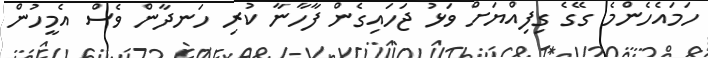
ހަމައެހެންމެ ގޭގެ ގިފިއްޔަށް ވަޅު ޖަހައިގެން ފާހާނާ ކުރި ހަނދާން ވެސް އެމީހުން